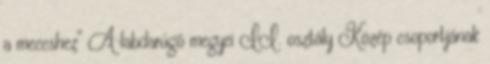
a meccshez” A labdarúgó megyei II. osztály Közép csoportjának